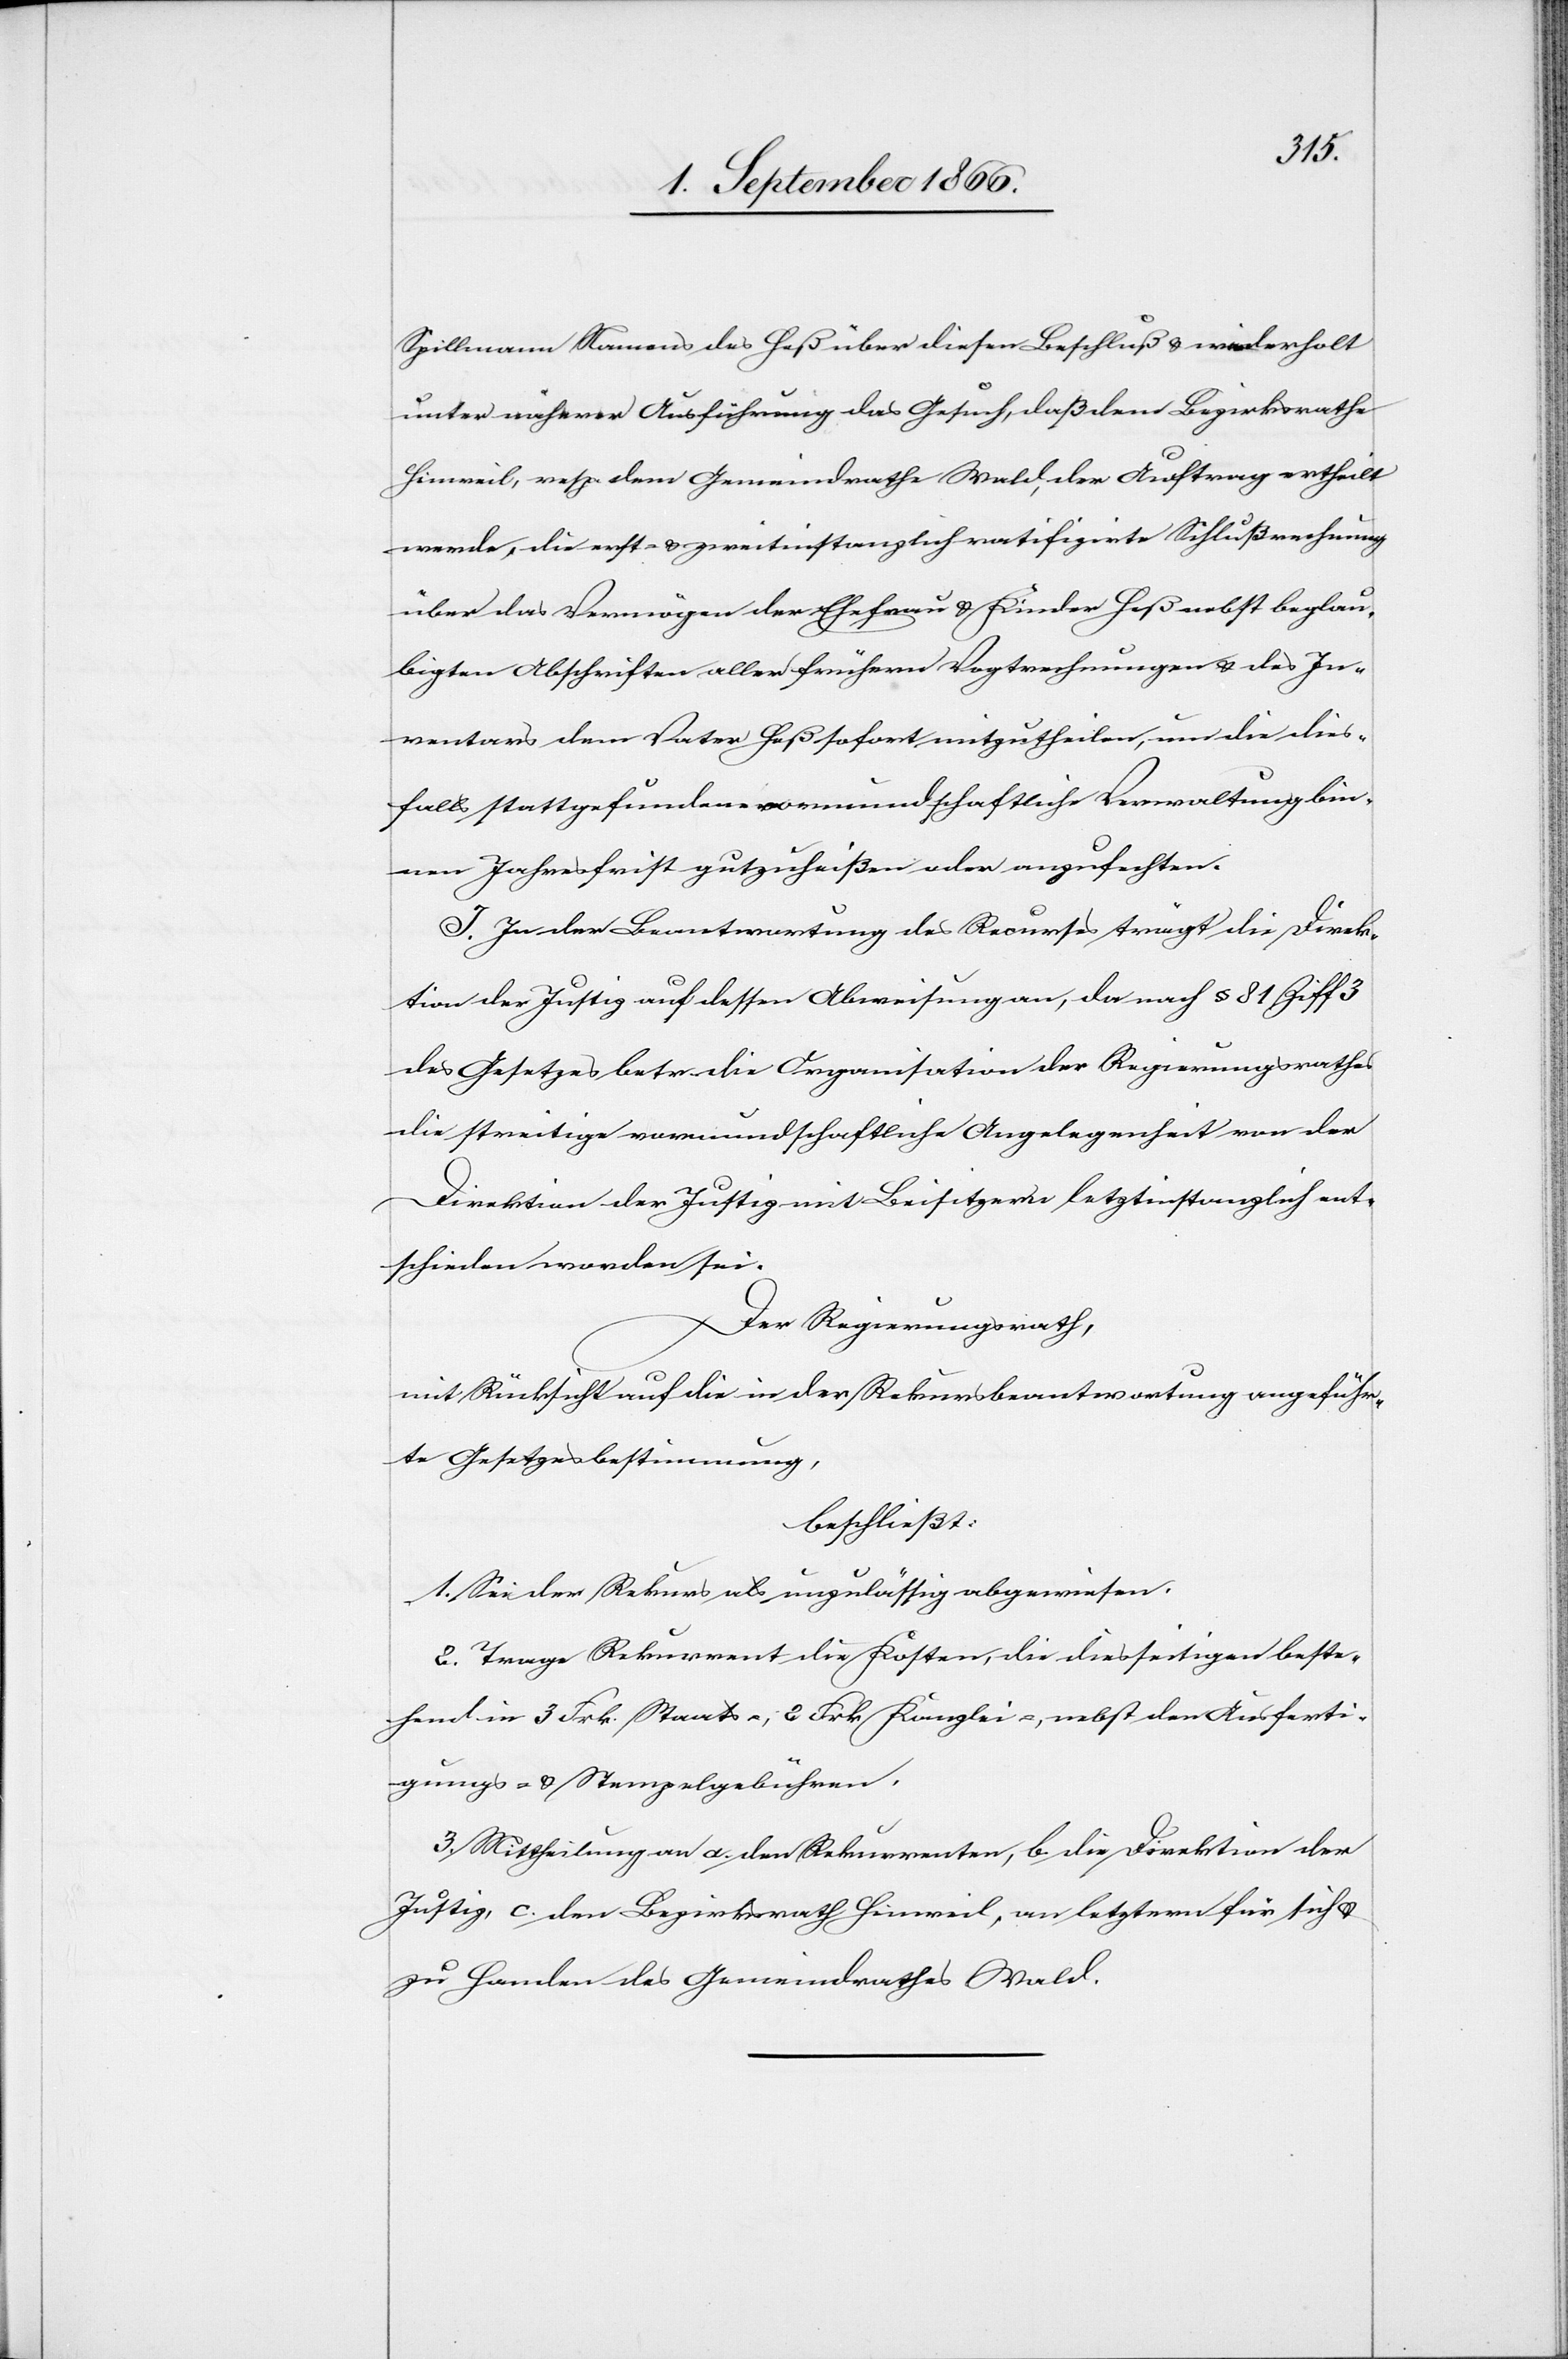
Spillmann Namens des Heß über diesen Beschluß u. wiederholt
unter näherer Ausführung das Gesuch, daß dem Bezirksrath
Hinweil, resp. dem Gemeindrath Wald, der Auftrag ertheilt
werde, die erst- u. zweitinstanzlich ratifizirte Schlußrechnung
über das Vermögen der Ehefrau u. Kinder Heß nebst beglau¬
bigten Abschriften aller frühern Vogtrechnungen u. des In¬
ventars dem Vater Heß sofort mitzutheilen, um die dies¬
falls stattgefundenen vormundschaftliche Verwaltung bin¬
nen Jahresfrist gutzuheißen oder anzufechten.
I. In der Beantwortung des Recurses trägt die Direk¬
tion der Justiz auf dessen Abweisung an, da nach § 81 Ziff. 3
des Gesetzes betr. die Organisation des Regierungsrathes
die streitige vormundschaftliche Angelegenheit von der
Direktion der Justiz mit Beisitzern letztinstanzlich ent¬
schieden worden sei.
Der Regierungsrath,
mit Rücksicht auf die in der Rekursbeantwortung angeführ¬
te Gesetzesbestimmung,
beschließt:
1. Sei der Rekurs als unzulässig abgewiesen.
2. Trage Rekurrent die Kosten, die diesseitigen beste¬
hend in 3 Frk. Staats-, 2 Frk. Kanzlei-, nebst den Ausferti¬
gungs- u. Stempelgebühren.
3. Mittheilung an a. den Rekurrenten, b. die Direktion der
Justiz, c. den Bezirksrath Hinweil, an letztern für sich u.
zu Handen des Gemeindrathes Wald.